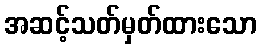
အဆင့်သတ်မှတ်ထားသော